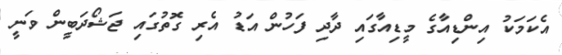
އެކަމަކު އިންޑިއާގެ މީޑިއާގައި ދާދި ފަހުން އަޑު އެރި ގޮތުގައި ޖަޝޯދަބީން ވަނީ